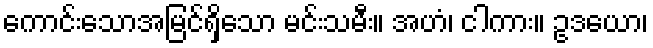
ကောင်းသောအမြင်ရှိသော မင်းသမီး။ အဟံ၊ ငါကား။ ဥဒယော၊